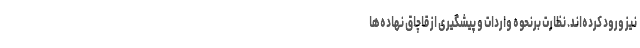
نیز ورود کرده‌اند. نظارت برنحوه واردات و پیشگیری از قاچاق نهاده‌ها